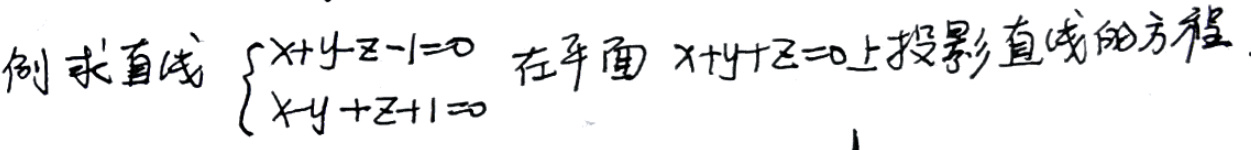
例求直线\(\begin{cases}x + y - z - 1 = 0 \\ x - y + z + 1 = 0\end{cases}\)在平面\(x + y + z = 0\)上投影直线的方程。